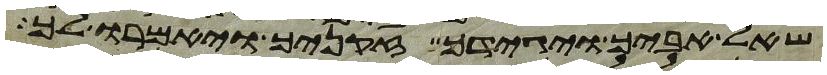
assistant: שאל אביך ויגידך זקניך ויאמרו לך